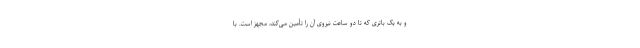
و به یک باتری که تا دو ساعت نیروی آن را تأمین می‌کند، مجهز است. با